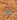
وأنا